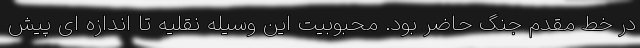
در خط مقدم جنگ حاضر بود. محبوبیت این وسیله نقلیه تا اندازه ای پیش